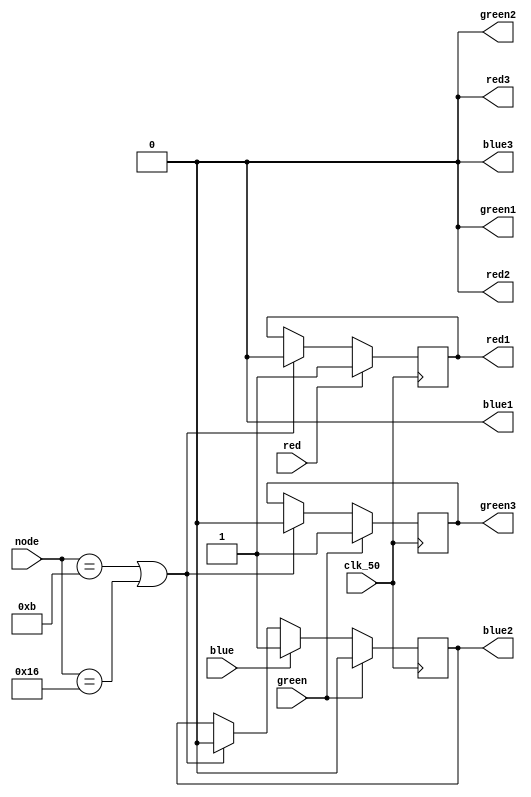
module SM1153_led_output(
input clk_50,
input red,
input green,
input blue,
input [5:0]node,
output red2,
output green2,
output blue2,
output red3,
output green3,
output blue3,
output red1,
output green1,
output blue1
);
reg red1_temp=0;
reg green3_temp=0;
reg blue2_temp=0;


always@(posedge clk_50)begin
if(node==11||node==22)begin
red1_temp<=0;
green3_temp<=0;
blue2_temp<=0;

end
if(red==1)begin
red1_temp<=1;
end
if(blue==1)begin
blue2_temp<=1;
end
if(green==1)begin
green3_temp<=1;
blue2_temp<=0;
end
end


assign red1=red1_temp;
assign blue2=blue2_temp;
assign green3=green3_temp;
assign red2=0;
assign red3=0;
assign blue1=0;
assign blue3=0;
assign green1=0;
assign green2=0;

endmodule